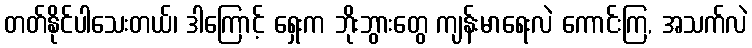
တတ်နိုင်ပါသေးတယ်၊ ဒါကြောင့် ရှေးက ဘိုးဘွားတွေ ကျန်းမာရေးလဲ ကောင်းကြ, အသက်လဲ